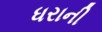
ધરાની